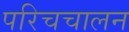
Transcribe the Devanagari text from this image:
परिचचालन